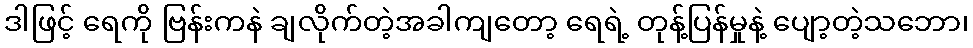
ဒါဖြင့် ရေကို ဗြန်းကနဲ ချလိုက်တဲ့အခါကျတော့ ရေရဲ့ တုန့်ပြန်မှုနဲ့ ပျော့တဲ့သဘော၊